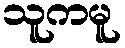
သူကမူ